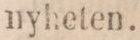
nyheten.